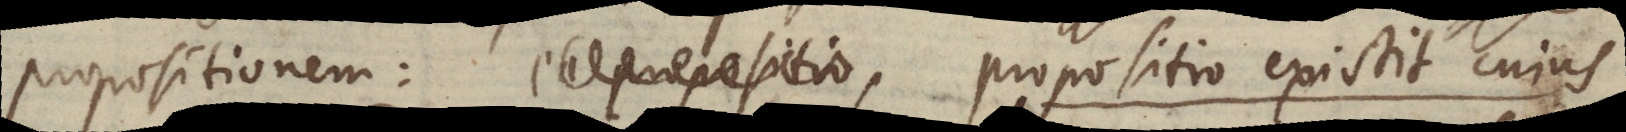
propositionem: propositio existit cujus